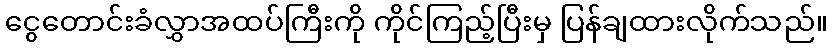
ငွေတောင်းခံလွှာအထပ်ကြီးကို ကိုင်ကြည့်ပြီးမှ ပြန်ချထားလိုက်သည်။